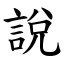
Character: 說